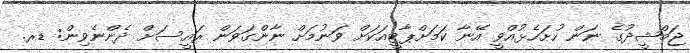
ޖަމްޝީދުގެ ނަން ހުށަހެޅުއްވީ އޭނާ ކަމަށްޕާޓީއަކަށް ވަނުމަށް ނާންގަވަން ރައީސަށް ދެންނެވިން: ޑރ.